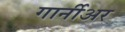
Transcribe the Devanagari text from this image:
गार्नीअर